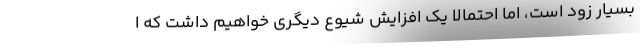
بسیار زود است، اما احتمالاً یک افزایش شیوع دیگری خواهیم داشت که ا